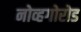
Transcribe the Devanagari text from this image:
नोव्हगोरोड